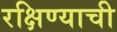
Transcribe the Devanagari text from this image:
रक्षिण्याची